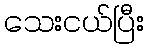
သေးငယ်ပြီး